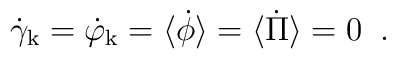
\dot\gamma_{\rm k}=\dot\varphi_{\rm k}=\langle\dot\phi\rangle= \langle\dot\Pi\rangle=0\;\;.